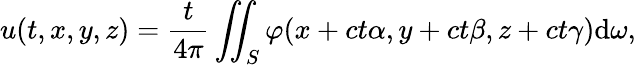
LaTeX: u(t,x,y,z)={\frac{t}{4\pi}}\iint_{S}\varphi(x+ct\alpha,y+ct\beta,z+ct\gamma)\mathrm{d}\omega,